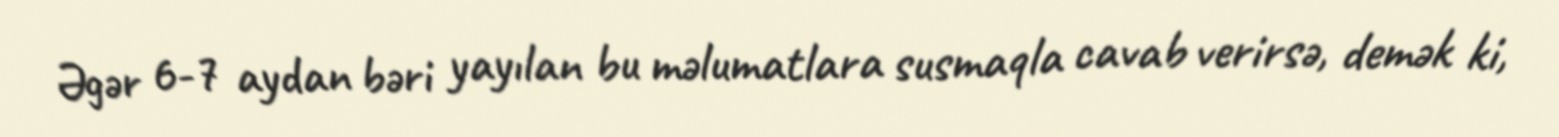
Əgər 6-7 aydan bəri yayılan bu məlumatlara susmaqla cavab verirsə, demək ki,